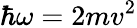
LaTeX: \hbar\omega=2mv^{2}